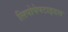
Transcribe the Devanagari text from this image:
लिपोपेपटाइडस